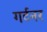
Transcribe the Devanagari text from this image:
गर्टनर